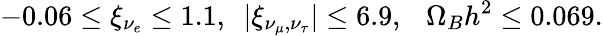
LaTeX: -0.06\leq\xi_{\nu_{e}}\leq 1.1,~~|\xi_{{\nu_{\mu}},{\nu_{\tau}}}|\leq 6.9,~~~\Omega_{B}h^{2}\leq 0.069.